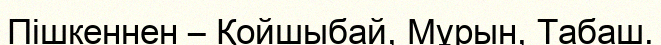
Пішкеннен – Қойшыбай, Мұрын, Табаш.